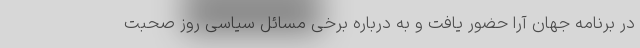
در برنامه جهان آرا حضور یافت و به درباره برخی مسائل سیاسی روز صحبت